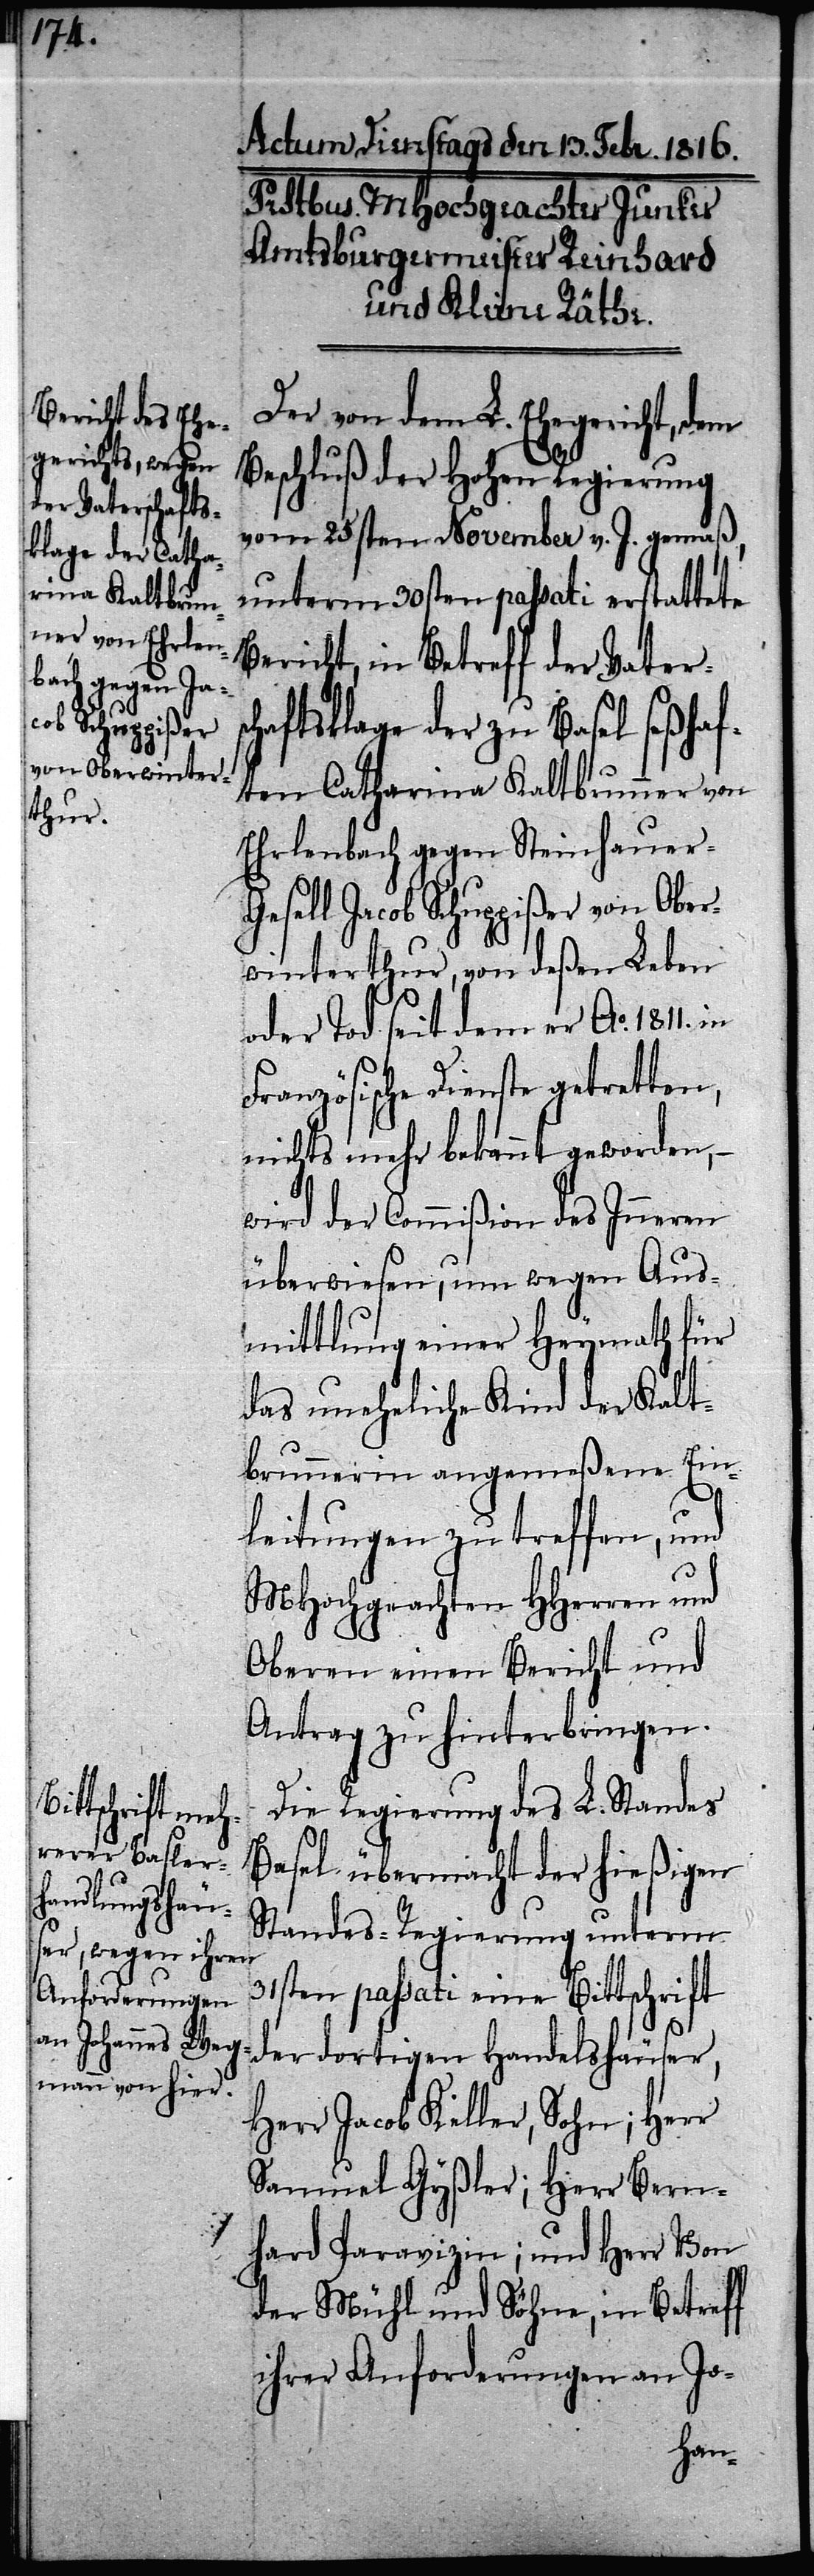
Der von dem L. Ehegericht, dem
Beschluß der Hohen Regierung
vom 25sten November v. J. gemäß,
unterm 30sten passati erstattete
Bericht, in Betreff der Vatersc¬
haftsklage der zu Basel seßhaf¬
ten Catharina Kaltbrunner von
Ehrlenbach gegen Steinhauer
Gesell Jacob Schuppißer von Ober¬
winterthur, von deßen Leben
oder Tod seit dem er Ao. 1811.
Französische Dienste getretten,
nichts mehr bekannt geworden, –
wird der Commißion des Inneren
überwiesen, um wegen Aus¬
mittlung einer Heymath für
das uneheliche Kind der Kalt¬
brunnerin angemeßene Ein¬
leitungen zu treffen, und
MHochgeachten HHerren und
Oberen einen Bericht und
Antrag zu hinterbringen.
Die Regierung des L. Standes
Basel übermacht der hießigen
Standes-Regierung unterm
31sten passati eine Bittschrift
der dortigen Handelshäuser,
Herr Jacob Keller, Sohn; Herr
Samuel Gyßler; Herr Bern¬
hard Paravizin; und Herr Von
der Mühl und Söhne, in Betreff
ihrer Anforderungen an Jo-